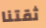
ثقتنا